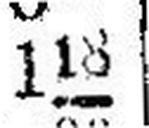
118